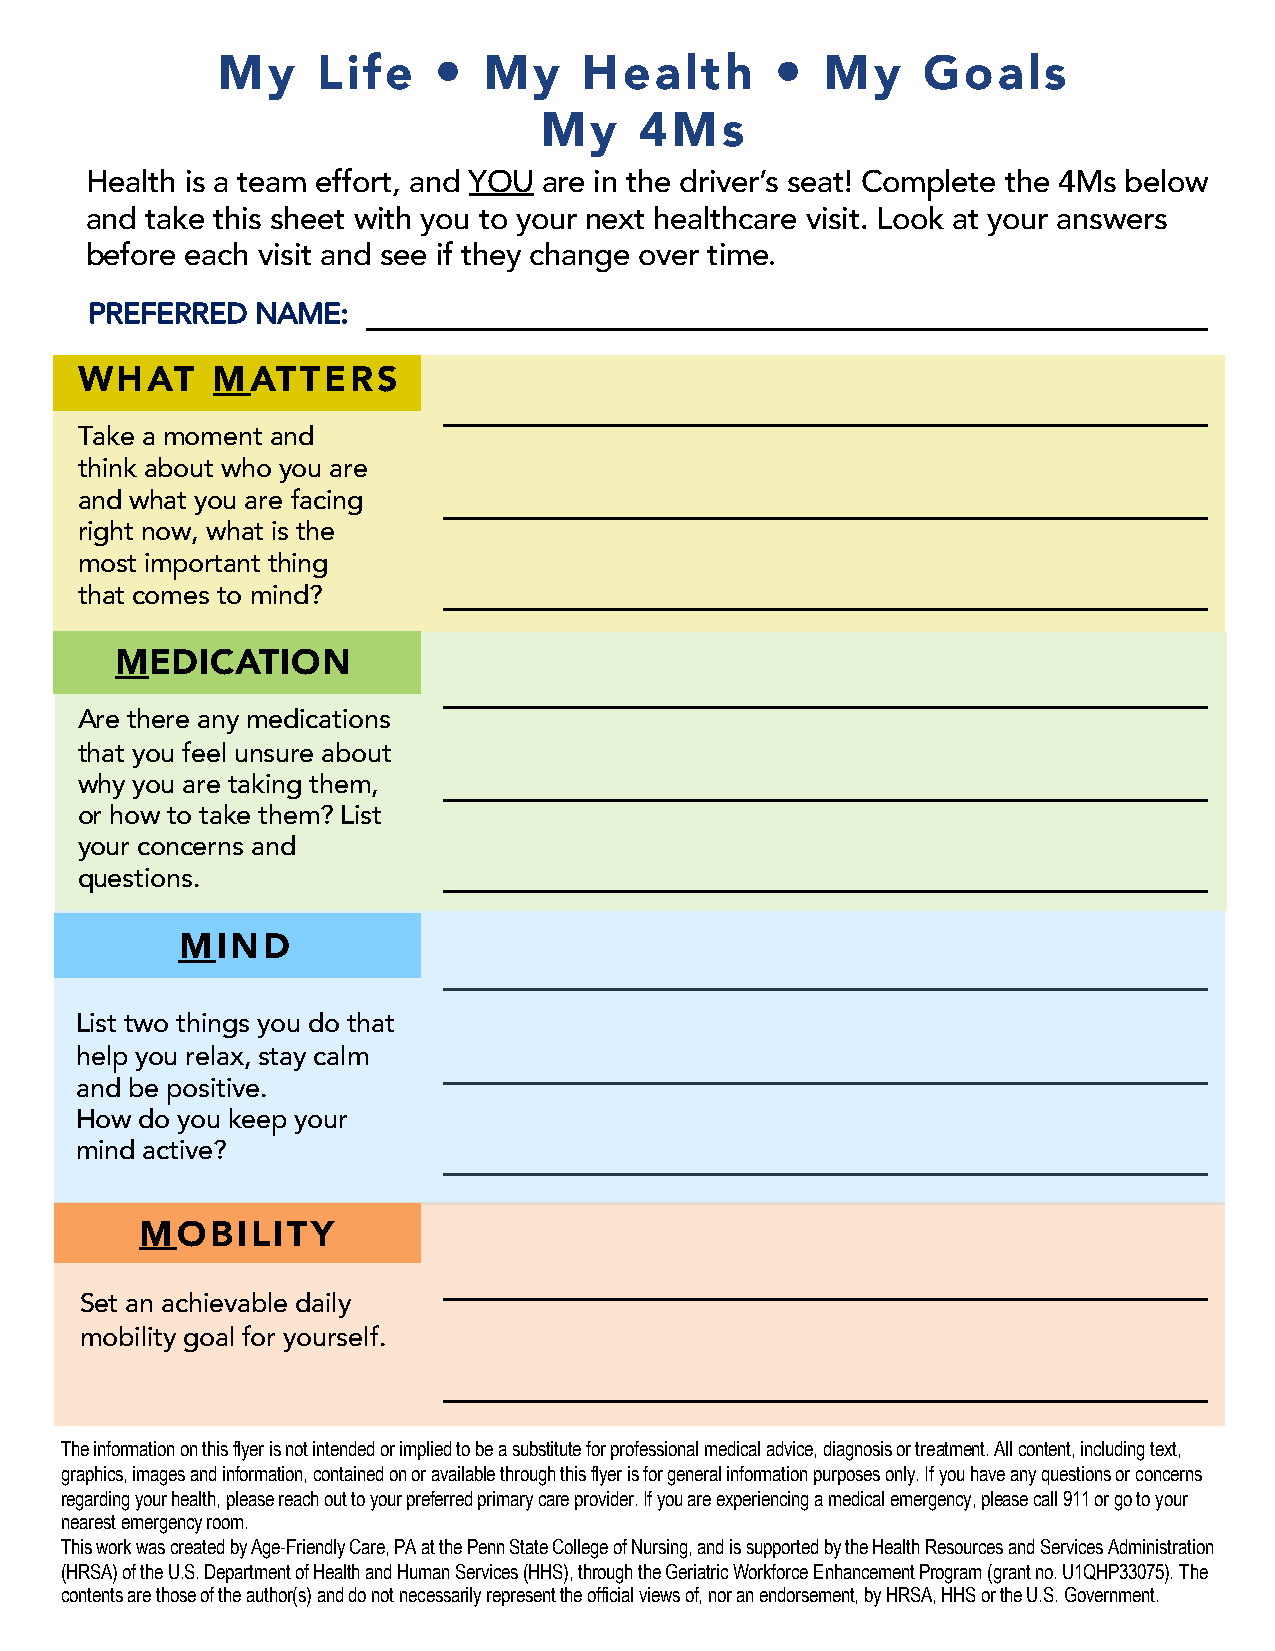
                     
 My     Life       My     Health          My    Goals
 My    4Ms
 Health is a team effort, and YOU are in the driver’s seat! Complete the 4Ms below
 and take this sheet with you to your next healthcare visit. Look at your answers
 before each visit and see if they change over time.
 PREFERRED  NAME:
 WHAT     MATTERS
 Take a moment and
 think about who you are
 and what you are facing
 right now, what is the
 most important thing
 that comes to mind?
 MEDICATION
 Are there any medications
 that you feel unsure about
 why you are taking them,
 or how to take them? List
 your concerns and
 questions.
 MIND
 List two things you do that
 help you relax, stay calm
 and be positive.
 How do you keep your
 mind active?
 MOBILITY
 Set an achievable daily
 mobility goal for yourself.
 The information on this flyer is not intended or implied to be a substitute for professional medical advice, diagnosis or treatment. All content, including text,
 graphics, images and information, contained on or available through this flyer is for general information purposes only. If you have any questions or concerns
 regarding your health, please reach out to your preferred primary care provider. If you are experiencing a medical emergency,please call 911 or go to your
 nearest emergency room.
 This work was created by Age-Friendly Care, PA at the Penn State College of Nursing, and is supported by the Health Resources and Services Administration
 (HRSA) of the U.S. Department of Health and Human Services (HHS), through the Geriatric Workforce Enhancement Program (grant no.U1QHP33075). The
 contents are those of the author(s) and do not necessarily represent the official views of, nor an endorsement, by HRSA, HHS or the U.S. Government.